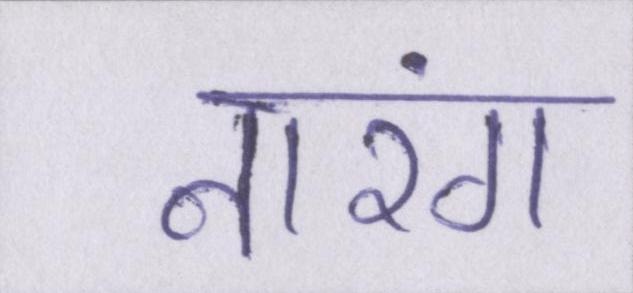
नारंग